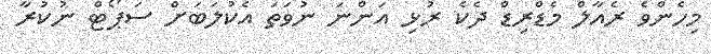
މިހެންވެ ރެއާލް މެޑްރިޑް ދެކެ ރުޅި އަންނަ ނުވަތަ އެކުލަބަށް ސަޕޯޓް ނުކުރާ